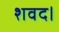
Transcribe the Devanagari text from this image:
शवद।